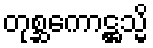
တုစ္ဆကောဋ္ဌသ္မိ